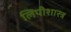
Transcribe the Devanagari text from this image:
लिपीशास्त्र